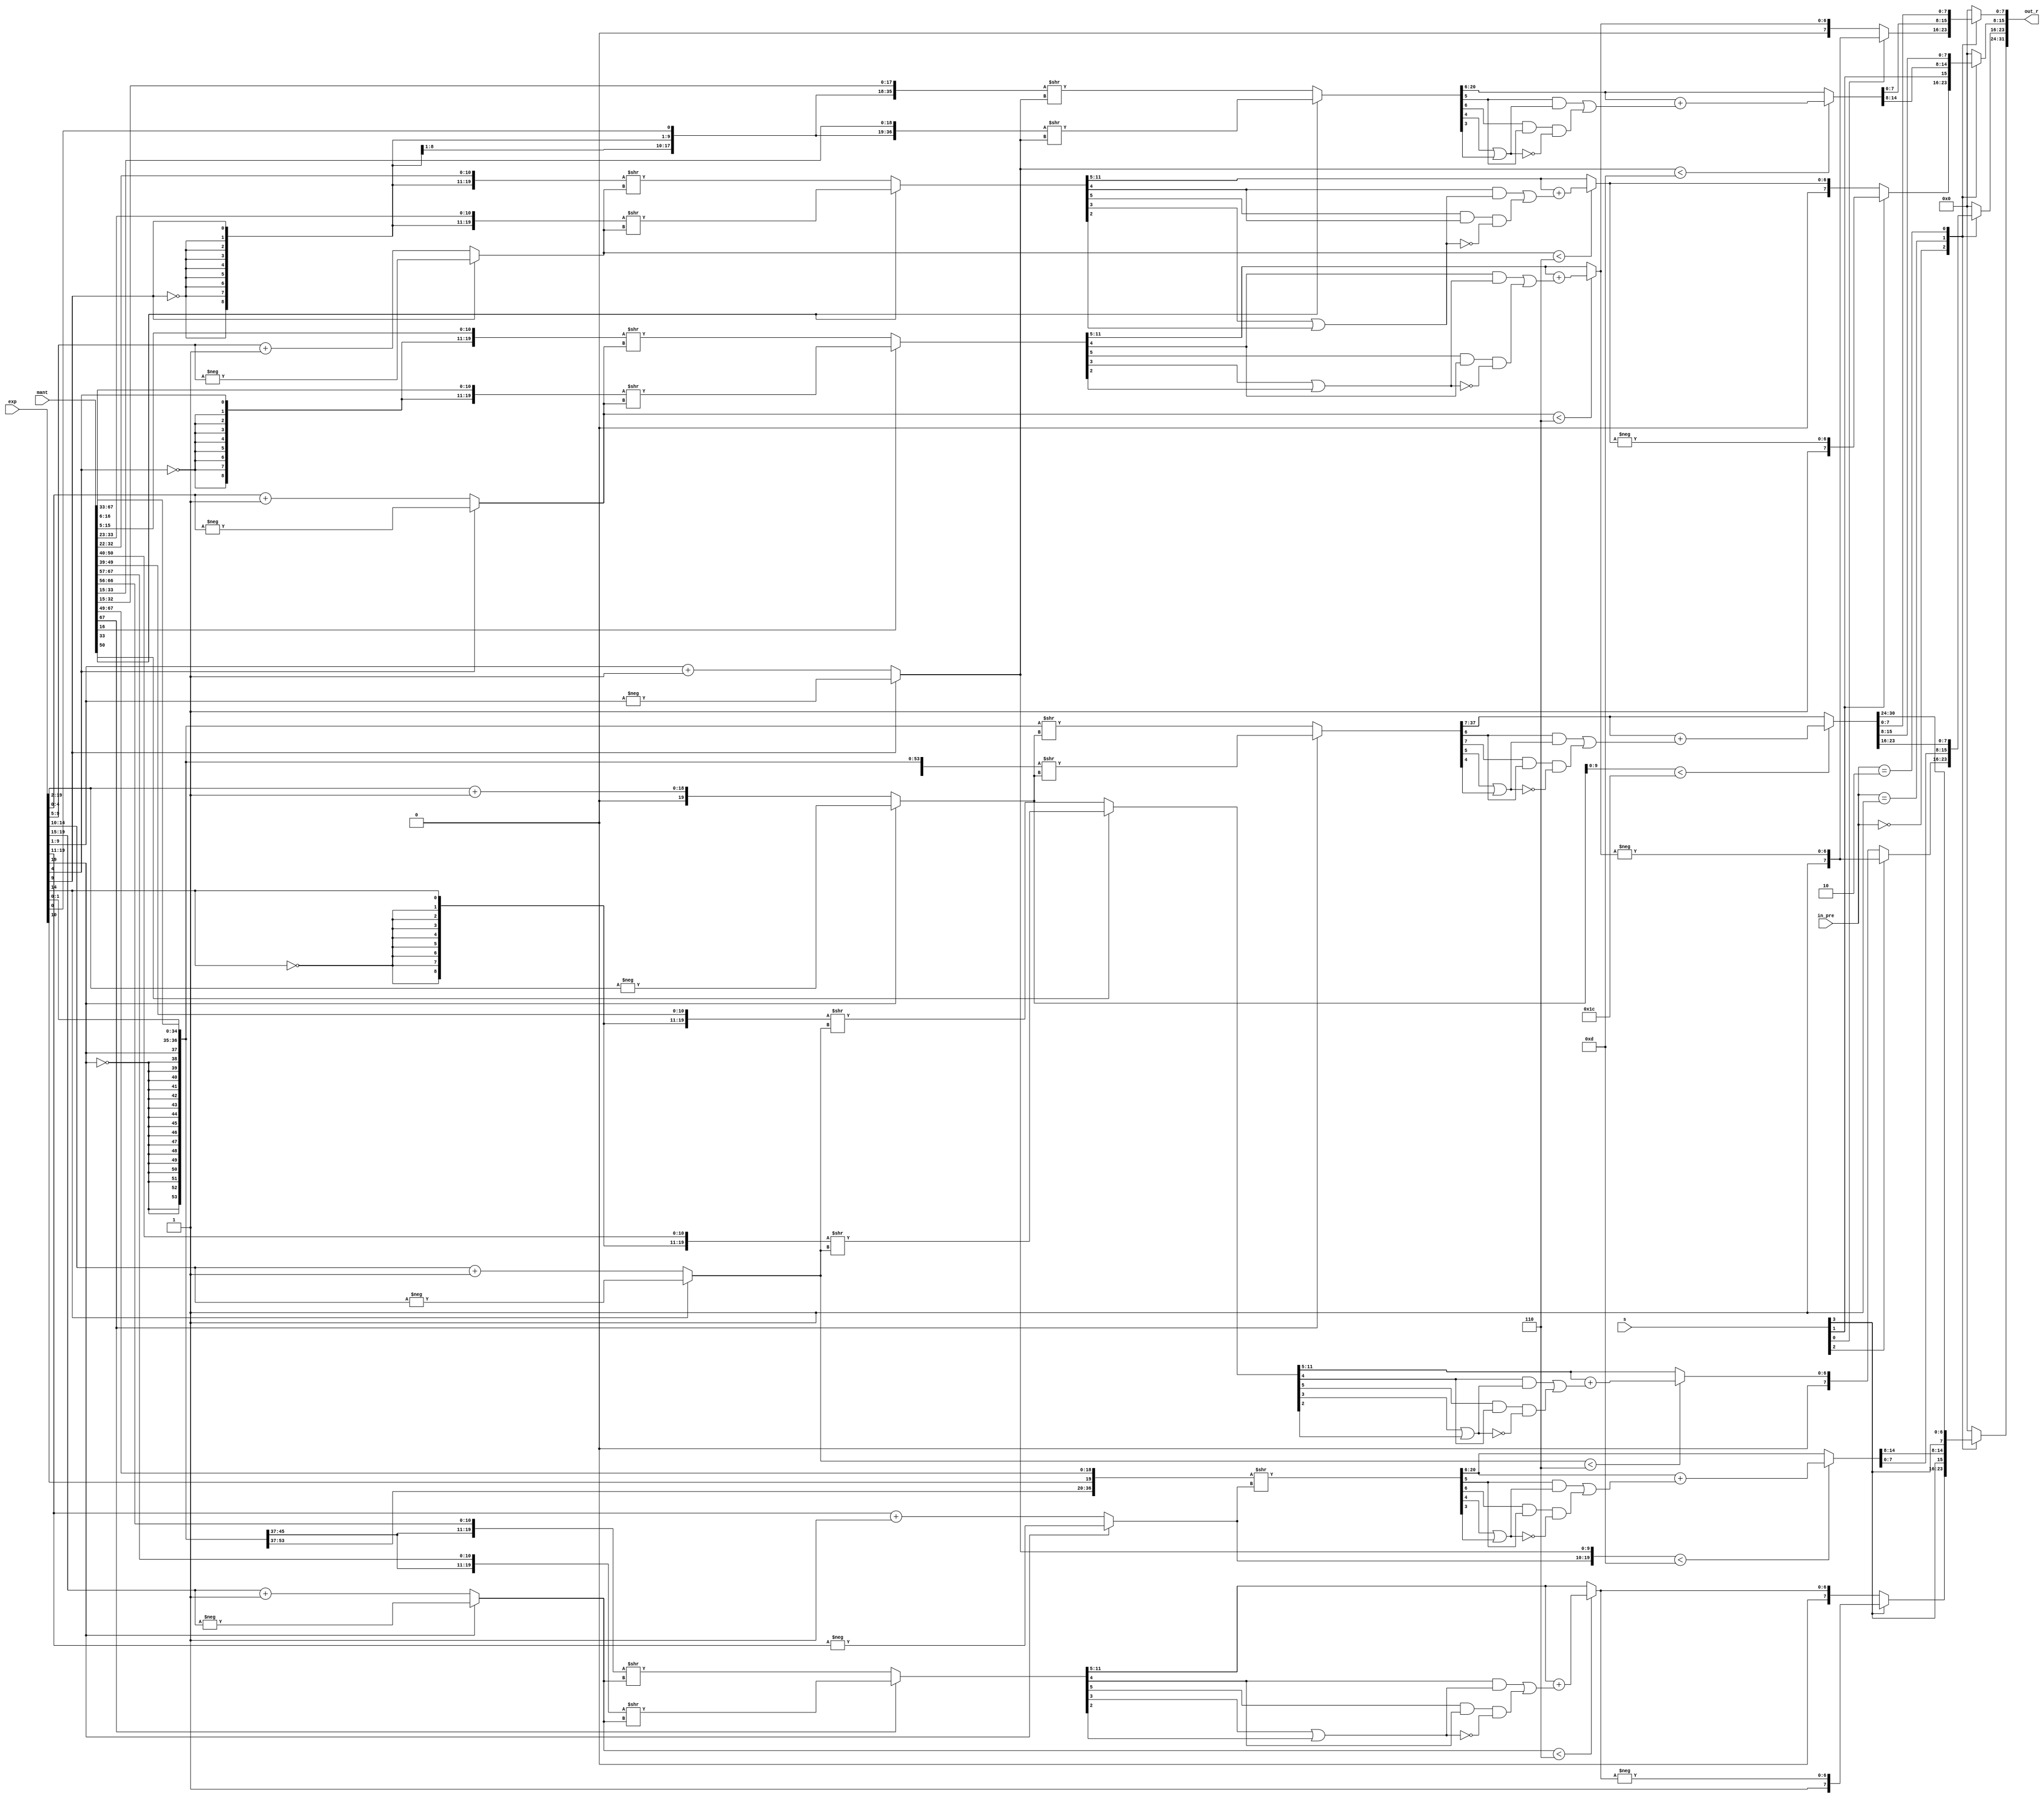
module packing(

    input   wire    [1:0]   in_pre,
    input   wire    [67:0]  mant,
    input   wire    [19:0]  exp,
    input   wire    [3:0]   s,
    output  reg    [31:0]  out_r
);

reg [19:0] regime;
reg [19:0] REM1,REM2,REM3,REM4;
reg [36:0] REM5,REM6;
reg [69:0] REM7;
reg    [31:0]  out;
reg [3:0] L1,G1,R1,St1,ulp1;
reg [6:0] rnd_ulp_REM1,rnd_ulp_REM2,rnd_ulp_REM3,rnd_ulp_REM4;
reg [6:0] ulp_REM1,ulp_REM2,ulp_REM3,ulp_REM4;
reg [14:0] ulp_REM5,ulp_REM6,rnd_ulp_REM5,rnd_ulp_REM6;
reg [30:0] ulp_REM7,rnd_ulp_REM7;


always@(*) begin
    case(in_pre)
        2'b00:begin
                     
            regime[4:0] = exp[4] ? (-exp[4:0]) : (exp[4:0]+1);
            regime[9:5] = exp[9] ? (-exp[9:5]) : (exp[9:5]+1);
            regime[14:10] = exp[14] ? (-exp[14:10]) : (exp[14:10]+1);
            regime[19:15] = exp[19] ? (-exp[19:15]) : (exp[19:15]+1);

            REM1 = mant[16] ? ({{8{~exp[4]}},exp[4],mant[16:6]} >> regime[4:0]) : ({{8{~exp[4]}},exp[4],mant[15:5]} >> regime[4:0]);
            REM2 = mant[33] ? ({{8{~exp[9]}},exp[9],mant[33:23]} >> regime[9:5]) : ({{8{~exp[9]}},exp[9],mant[32:22]} >> regime[9:5]);
            REM3 = mant[50] ? ({{8{~exp[14]}},exp[14],mant[50:40]} >> regime[14:10]) : ({{8{~exp[14]}},exp[14],mant[49:39]} >> regime[14:10]);
            REM4 = mant[67] ? ({{8{~exp[19]}},exp[19],mant[67:57]} >> regime[19:15]) : ({{8{~exp[19]}},exp[19],mant[66:56]} >> regime[19:15]);

            L1[0] = REM1[5];
            G1[0] = REM1[4];
            R1[0] = REM1[3];
            St1[0] = REM1[2];
            ulp1[0] = ((G1[0] & (R1[0] | St1[0])) | (L1[0] & G1[0] & ~(R1[0] | St1[0])));
            ulp_REM1 = REM1[11:5] + ulp1[0];
            rnd_ulp_REM1 = (regime[4:0] < 6) ? ulp_REM1 : REM1[11:5];

            L1[1] = REM2[5];
            G1[1] = REM2[4];
            R1[1] = REM2[3];
            St1[1] = REM2[2];
            ulp1[1] = ((G1[1] & (R1[1] | St1[1])) | (L1[1] & G1[1] & ~(R1[1] | St1[1])));
            ulp_REM2 = REM2[11:5] + ulp1[1];
            rnd_ulp_REM2 = (regime[9:5] < 6) ? ulp_REM2 : REM2[11:5];

            L1[2] = REM3[5];
            G1[2] = REM3[4];
            R1[2] = REM3[3];
            St1[2] = REM3[2];
            ulp1[2] = ((G1[2] & (R1[2] | St1[2])) | (L1[2] & G1[2] & ~(R1[2] | St1[2])));
            ulp_REM3 = REM3[11:5] + ulp1[2];
            rnd_ulp_REM3 = (regime[14:10] < 6) ? ulp_REM3 : REM3[11:5];

            L1[3] = REM4[5];
            G1[3] = REM4[4];
            R1[3] = REM4[3];
            St1[3] = REM4[2];
            ulp1[3] = ((G1[3] & (R1[3] | St1[3])) | (L1[3] & G1[3] & ~(R1[3] | St1[3])));
            ulp_REM4 = REM4[11:5] + ulp1[3];
            rnd_ulp_REM4 = (regime[19:15] < 6) ? ulp_REM4 : REM4[11:5];

            out_r[7:0]   = s[0]?{s[0],(-rnd_ulp_REM1)}:{s[0],rnd_ulp_REM1};
            out_r[15:8]  = s[1]?{s[1],(-rnd_ulp_REM2)}:{s[1],rnd_ulp_REM2};
            out_r[23:16] = s[2]?{s[2],(-rnd_ulp_REM1)}:{s[2],rnd_ulp_REM3};
            out_r[31:24] = s[3]?{s[3],(-rnd_ulp_REM4)}:{s[3],rnd_ulp_REM4};
        end
        2'b01:begin


            regime[9:0] = exp[9] ? (-exp[9:1]) : (exp[9:1]+1);

            regime[19:10] = exp[19] ? (-exp[19:11]) : (exp[19:11]+1);


            REM5 = mant[33] ? ({{16{~exp[9]}},exp[9],exp[0],mant[33:15]} >> regime[9:0]) : ({{16{~exp[9]}},exp[9],exp[0],mant[32:15]} >> regime[9:0]);
           
            REM6 = mant[67] ? ({{16{~exp[19]}},exp[19],exp[10],mant[67:49]} >> regime[19:10]) : ({{16{~exp[19]}},exp[19],exp[10],mant[67:49]} >> regime[19:10]);

            L1[0] = REM5[6];
            G1[0] = REM5[5];
            R1[0] = REM5[4];
            St1[0] = REM5[3];
            ulp1[0] = ((G1[0] & (R1[0] | St1[0])) | (L1[0] & G1[0] & ~(R1[0] | St1[0])));
            ulp_REM5 = REM5[20:6] + ulp1[0];
            rnd_ulp_REM5 = (regime[9:0] < 13) ? ulp_REM5 : REM5[20:6];

            L1[1] = REM6[6];
            G1[1] = REM6[5];
            R1[1] = REM6[4];
            St1[1] = REM6[3];
            ulp1[1] = ((G1[1] & (R1[1] | St1[1])) | (L1[1] & G1[1] & ~(R1[1] | St1[1])));
            ulp_REM6 = REM6[20:6] + ulp1[1];
            rnd_ulp_REM6 = (regime[19:0] < 13) ? ulp_REM6 : REM6[20:6];
            out_r = {s[3],rnd_ulp_REM6,s[1],rnd_ulp_REM5};
        end
        2'b10:begin

            regime[19:0] = exp[19] ? (-exp[19:2]) : (exp[19:2]+1);
            REM7 = mant[67] ? ({{32{~exp[19]}},exp[19],exp[1:0],mant[67:33]} >> regime[19:0]) : ({{16{~exp[19]}},exp[19],exp[1:0],mant[67:33]} >> regime[19:0]);
            L1[0] = REM7[7];
            G1[0] = REM7[6];
            R1[0] = REM7[5];
            St1[0] = REM7[4];
            ulp1[0] = ((G1[0] & (R1[0] | St1[0])) | (L1[0] & G1[0] & ~(R1[0] | St1[0])));
            ulp_REM7 = REM7[37:7] + ulp1[0];
            rnd_ulp_REM7 = (regime[9:0] < 28) ? ulp_REM7 : REM7[37:7];
            out_r = {s[3],rnd_ulp_REM7};
        end
        default:begin
            regime=0;
            REM1=0;
            REM2=0;
            REM3=0;
            REM4=0;
            REM5=0;
            REM6=0;
            REM7=0;
            L1=0;G1=0;R1=0;St1=0;ulp1=0;
            rnd_ulp_REM1=0;rnd_ulp_REM2=0;rnd_ulp_REM3=0;rnd_ulp_REM4=0;
            ulp_REM1=0;ulp_REM2=0;ulp_REM3=0;ulp_REM4=0;
            ulp_REM5=0;ulp_REM6=0;rnd_ulp_REM5=0;rnd_ulp_REM6=0;
            ulp_REM7=0;rnd_ulp_REM7=0;
            out_r=0 ;
        end
    endcase
end

endmodule